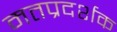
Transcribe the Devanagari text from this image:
मतप्रदर्शक